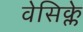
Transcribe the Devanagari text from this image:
वेसिक्ले